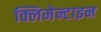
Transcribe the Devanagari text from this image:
क्लिमेन्टाइन